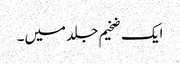
ایک ضخیم جلد میں۔